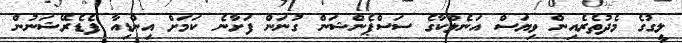
ލީގުގެ މެދުތެރެއިން ވިޔަސް އަނެލްކާގެ ސަސްޕެންޝަން ގުނަން ފަށާނެ ކަމަށް އިންޑިއާ ފެޑެރޭޝަނުން